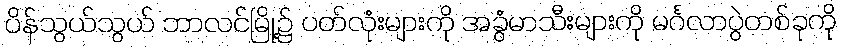
ပိန်သွယ်သွယ် ဘာလင်မြို့၌ ပတ်လုံးများကို အခွံမာသီးများကို မင်္ဂလာပွဲတစ်ခုကို